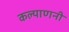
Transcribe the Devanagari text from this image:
कल्याणनी